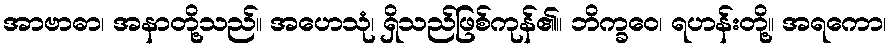
အာဗာဓာ၊ အနာတို့သည်။ အဟေသုံ၊ ရှိသည်ဖြစ်ကုန်၏။ ဘိက္ခဝေ၊ ရဟန်းတို့။ အရကော၊